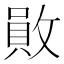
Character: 𢿃